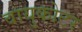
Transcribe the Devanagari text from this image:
वायुकोटर